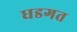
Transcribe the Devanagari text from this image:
धडगत